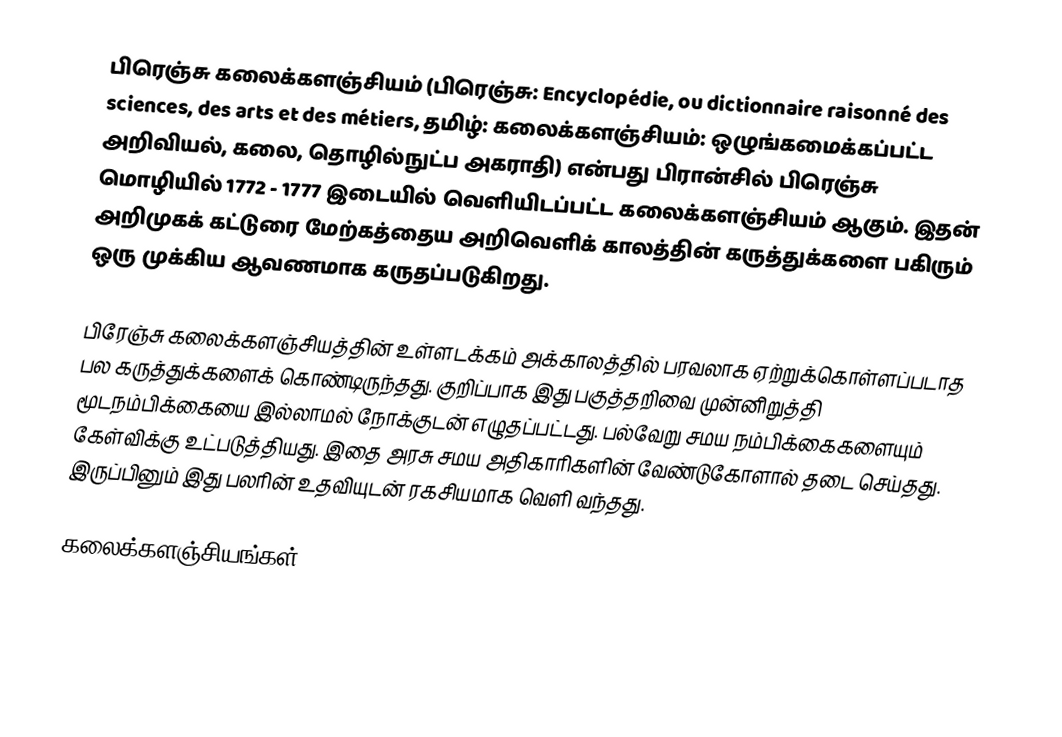
பிரெஞ்சு கலைக்களஞ்சியம் (பிரெஞ்சு: Encyclopédie, ou dictionnaire raisonné des sciences, des arts et des métiers, தமிழ்: கலைக்களஞ்சியம்: ஒழுங்கமைக்கப்பட்ட அறிவியல், கலை, தொழில்நுட்ப அகராதி) என்பது பிரான்சில் பிரெஞ்சு மொழியில் 1772 - 1777 இடையில் வெளியிடப்பட்ட கலைக்களஞ்சியம் ஆகும். இதன் அறிமுகக் கட்டுரை மேற்கத்தைய அறிவெளிக் காலத்தின் கருத்துக்களை பகிரும் ஒரு முக்கிய ஆவணமாக கருதப்படுகிறது.

பிரேஞ்சு கலைக்களஞ்சியத்தின் உள்ளடக்கம் அக்காலத்தில் பரவலாக ஏற்றுக்கொள்ளப்படாத பல கருத்துக்களைக் கொண்டிருந்தது. குறிப்பாக இது பகுத்தறிவை முன்னிறுத்தி மூடநம்பிக்கையை இல்லாமல் நோக்குடன் எழுதப்பட்டது. பல்வேறு சமய நம்பிக்கைகளையும் கேள்விக்கு உட்படுத்தியது. இதை அரசு சமய அதிகாரிகளின் வேண்டுகோளால் தடை செய்தது. இருப்பினும் இது பலரின் உதவியுடன் ரகசியமாக வெளி வந்தது.

கலைக்களஞ்சியங்கள்